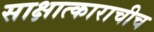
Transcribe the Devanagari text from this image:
साक्षात्काराचीच